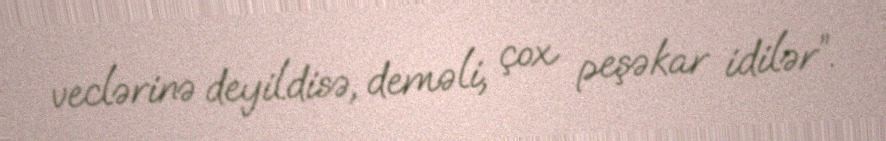
veclərinə deyildisə, deməli, çox peşəkar idilər”.